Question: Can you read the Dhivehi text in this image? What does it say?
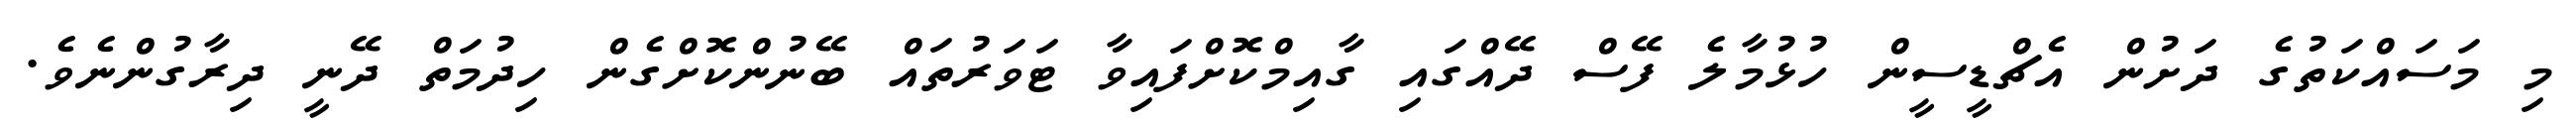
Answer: މި މަސައްކަތުގެ ދަށުން އެޗްޑީސީން ހުޅުމާލެ ފޭސް ދޭއްގައި ގާއިމްކޮށްފައިވާ ޓަވަރުތައް ބޭނުންކޮށްގެން ހިދުމަތް ދޭނީ ދިރާގުންނެވެ.